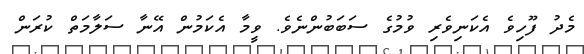
މެދު ފޫހިވެ އެކަނިވެރި ވުމުގެ ސަބަބުންނެވެ. ވީމާ އެކަމުން އޭނާ ސަލާމަތް ކުރަން